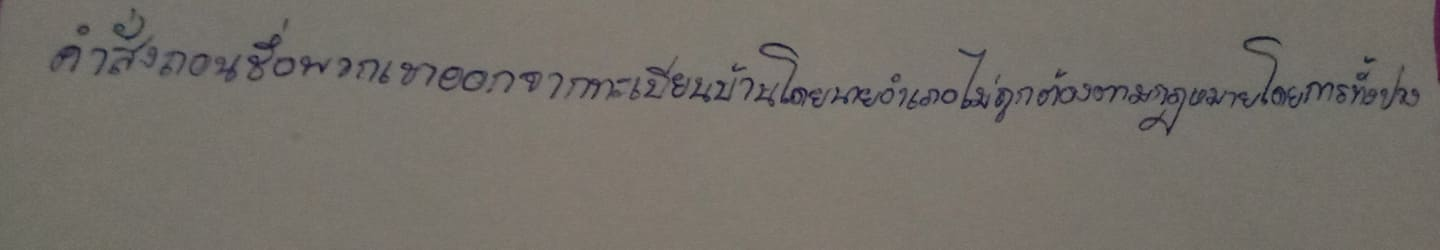
คำสั่งถอนชื่อพวกเขาออกจากทะเบียนบ้านโดยนายอำเภอไม่ถูกต้องตามกฎหมายโดยประการทั้งปวง